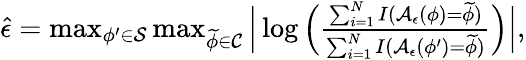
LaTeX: \begin{array}{r}{\widehat{\epsilon}=\operatorname*{max}_{\phi^{\prime}\in\mathcal{S}}\operatorname*{max}_{\widetilde{\phi}\in\mathcal{C}}\Big|\log\Big(\frac{\sum_{i=1}^{N}I(\mathcal{A}_{\epsilon}(\phi)=\widetilde{\phi})}{\sum_{i=1}^{N}I(\mathcal{A}_{\epsilon}(\phi^{\prime})=\widetilde{\phi})}\Big)\Big|,}\end{array}